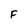
Character: F